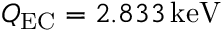
Q _ { \mathrm { E C } } = 2 . 8 3 3 \, \mathrm { k e V }